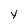
Character: y